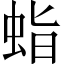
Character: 𧊙